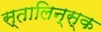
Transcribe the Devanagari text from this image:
स्तालिन्स्क